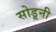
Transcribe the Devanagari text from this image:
सोडूनी